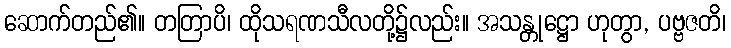
ဆောက်တည်၏။ တတြာပိ၊ ထိုသရဏသီလတို့၌လည်း။ အသန္တုဋ္ဌော ဟုတွာ, ပဗ္ဗဇတိ၊